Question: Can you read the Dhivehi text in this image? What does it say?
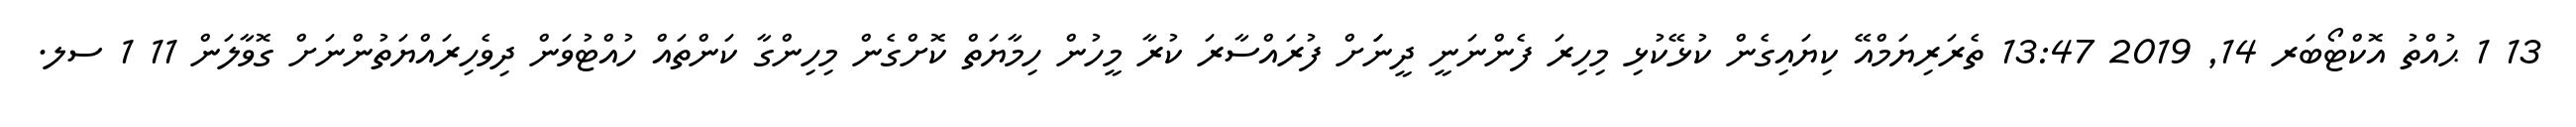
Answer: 13 1 ޙުއްތު އޮކްޓޯބަރ 14, 2019 13:47 ތެރަރިޔަމްއޭ ކިޔައިގެން ކުޅޭކުޅި މިހިރަ ފެންނަނީ ދީނަަށް ފުރައްސާރަ ކުރާ މީހުން ހިމާޔަތް ކޮށްގެން މިހިންގާ ކަންތައް ހުއްޓުވަން ދިވެހިރައްޔަތުންނަށް ގޮވާލަން 11 1 ސލ.